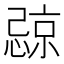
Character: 𪬧